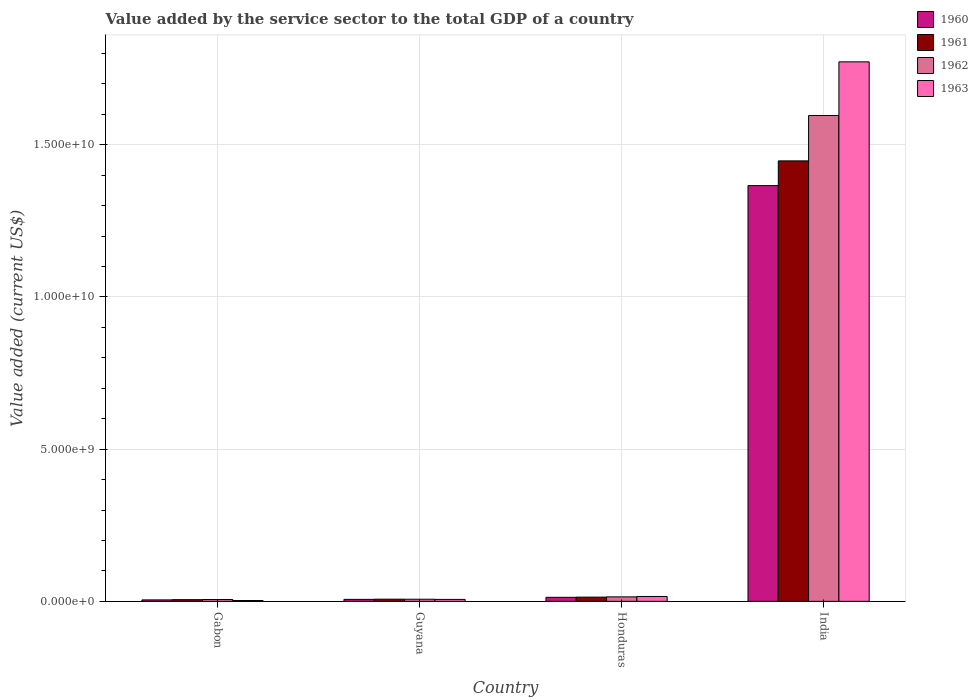
| Country | 1960 | 1961 | 1962 | 1963 |
 | --- | --- | --- | --- | --- |
 | Gabon | 4.8e+07 | 5.57e+07 | 6.13e+07 | 2.75e+07 |
 | Guyana | 6.55e+07 | 7.13e+07 | 7.03e+07 | 6.42e+07 |
 | Honduras | 1.33e+08 | 1.39e+08 | 1.48e+08 | 1.6e+08 |
 | India | 1.37e+10 | 1.45e+10 | 1.6e+10 | 1.77e+10 |